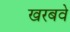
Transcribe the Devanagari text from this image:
खरबवे